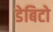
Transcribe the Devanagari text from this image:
डेबिटो